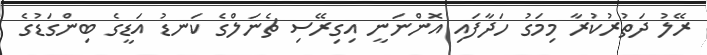
ރޭލު ދަތުރުކުރާ މިމަގު ހަދާފައި އޮންނަނީ އިގިރޭސި ޗެނަލްގެ ކަނޑު އަޑީގެ ބިންގަޑުގެ